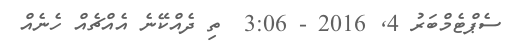
ސެޕްޓެމްބަރު 4